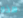
هذه